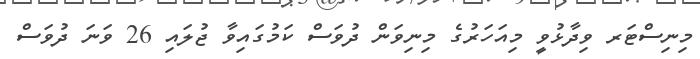
މިނިސްޓަރ ވިދާޅުވީ މިއަހަރުގެ މިނިވަން ދުވަސް ކަމުގައިވާ ޖުލައި 26 ވަނަ ދުވަސް